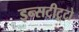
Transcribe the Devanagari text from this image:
इन्सटीटूटो